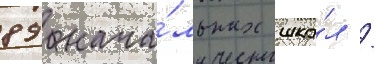
89 нача́льных шко́л /